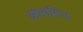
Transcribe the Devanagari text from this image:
अभागिन